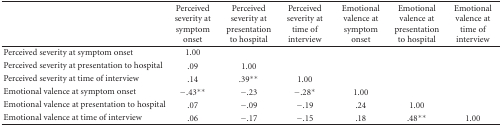
<table><thead><tr><td></td><td><b>Perceived severity at symptom onset</b></td><td><b>Perceived severity at presentation to hospital</b></td><td><b>Perceived severity at time of interview</b></td><td><b>Emotional valence at symptom onset</b></td><td><b>Emotional valence at presentation to hospital</b></td><td><b>Emotional valence at time of interview</b></td></tr></thead><tbody><tr><td>Perceived severity at symptom onset</td><td>1.00</td><td></td><td></td><td></td><td></td><td></td></tr><tr><td>Perceived severity at presentation to hospital</td><td>.09</td><td>1.00</td><td></td><td></td><td></td><td></td></tr><tr><td>Perceived severity at time of interview</td><td>.14</td><td>.39<sup>∗∗</sup></td><td>1.00</td><td></td><td></td><td></td></tr><tr><td>Emotional valence at symptom onset</td><td>−.43<sup>∗∗</sup></td><td>−.23</td><td>−.28<sup>∗</sup></td><td>1.00</td><td></td><td></td></tr><tr><td>Emotional valence at presentation to hospital</td><td>.07</td><td>−.09</td><td>−.19</td><td>.24</td><td>1.00</td><td></td></tr><tr><td>Emotional valence at time of interview</td><td>.06</td><td>−.17</td><td>−.15</td><td>.18</td><td>.48<sup>∗∗</sup></td><td>1.00</td></tr></tbody></table>